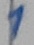
Text: 1